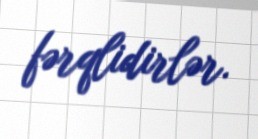
fərqlidirlər.